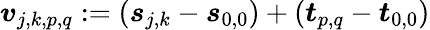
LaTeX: \boldsymbol{v}_{j,k,p,q}:=\left(\boldsymbol{s}_{j,k}-\boldsymbol{s}_{0,0}\right)+\left(\boldsymbol{t}_{p,q}-\boldsymbol{t}_{0,0}\right)